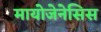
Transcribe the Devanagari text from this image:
मायोजेनेसिस